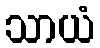
သာယံ